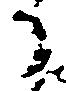
日